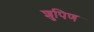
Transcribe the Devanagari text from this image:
शुपिण